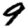
Digit: 9